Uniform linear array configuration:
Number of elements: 32
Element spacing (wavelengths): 0.25
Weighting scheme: uniform
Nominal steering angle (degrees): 0
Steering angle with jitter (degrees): -1.107
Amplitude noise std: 0.05
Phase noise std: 0.05

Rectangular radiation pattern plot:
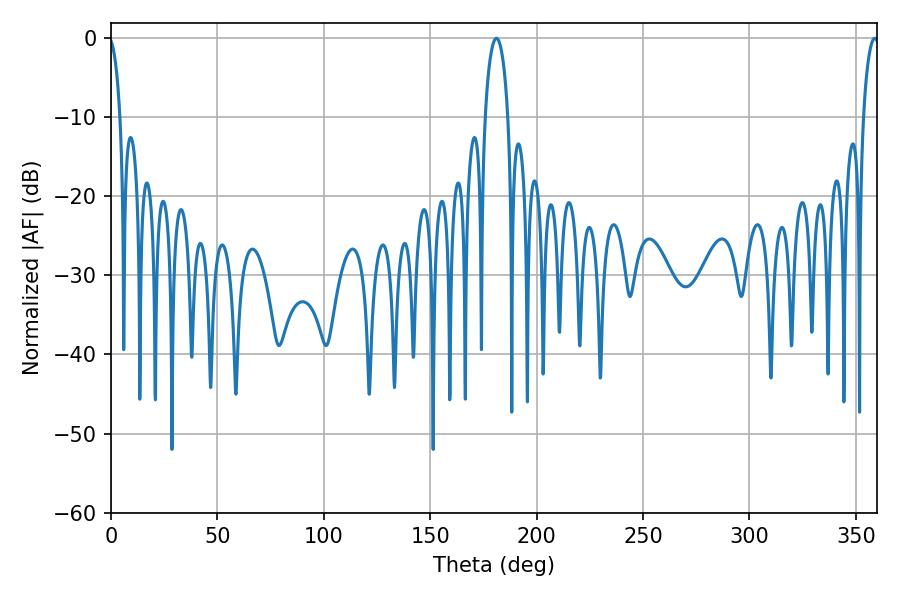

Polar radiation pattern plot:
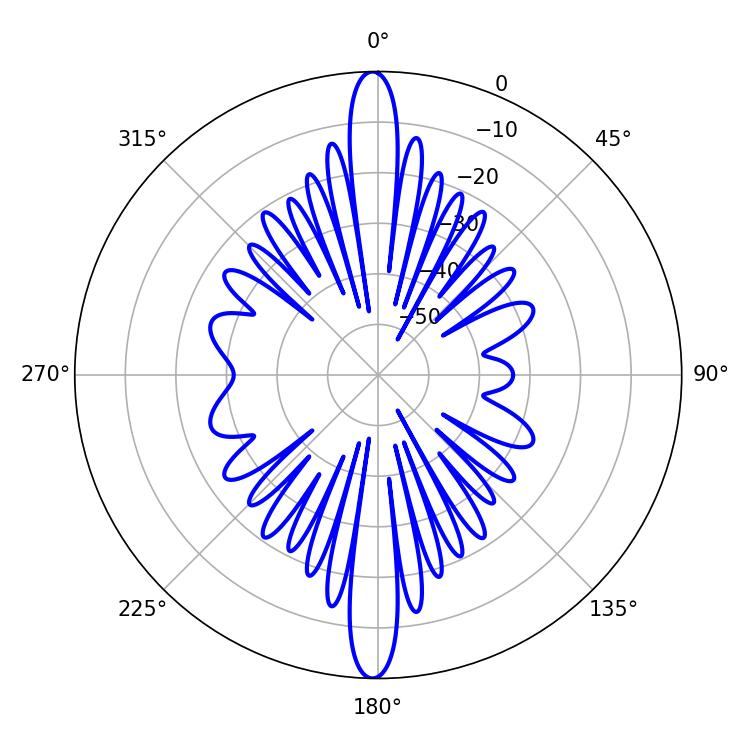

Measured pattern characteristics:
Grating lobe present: FALSE
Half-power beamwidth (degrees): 6.12
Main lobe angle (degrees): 181.08